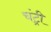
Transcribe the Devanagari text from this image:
चंट्री